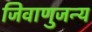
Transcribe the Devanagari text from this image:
जिवाणुजन्य